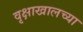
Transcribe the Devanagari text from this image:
वृक्षाखालच्या